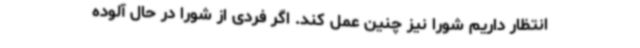
انتظار داریم شورا نیز چنین عمل کند. اگر فردی از شورا در حال آلوده